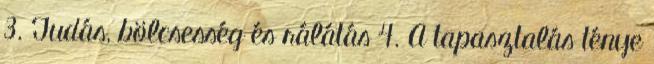
3. Tudás, bölcsesség és rálátás 4. A tapasztalás ténye